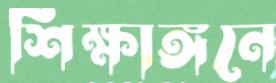
শিক্ষাঙ্গনে